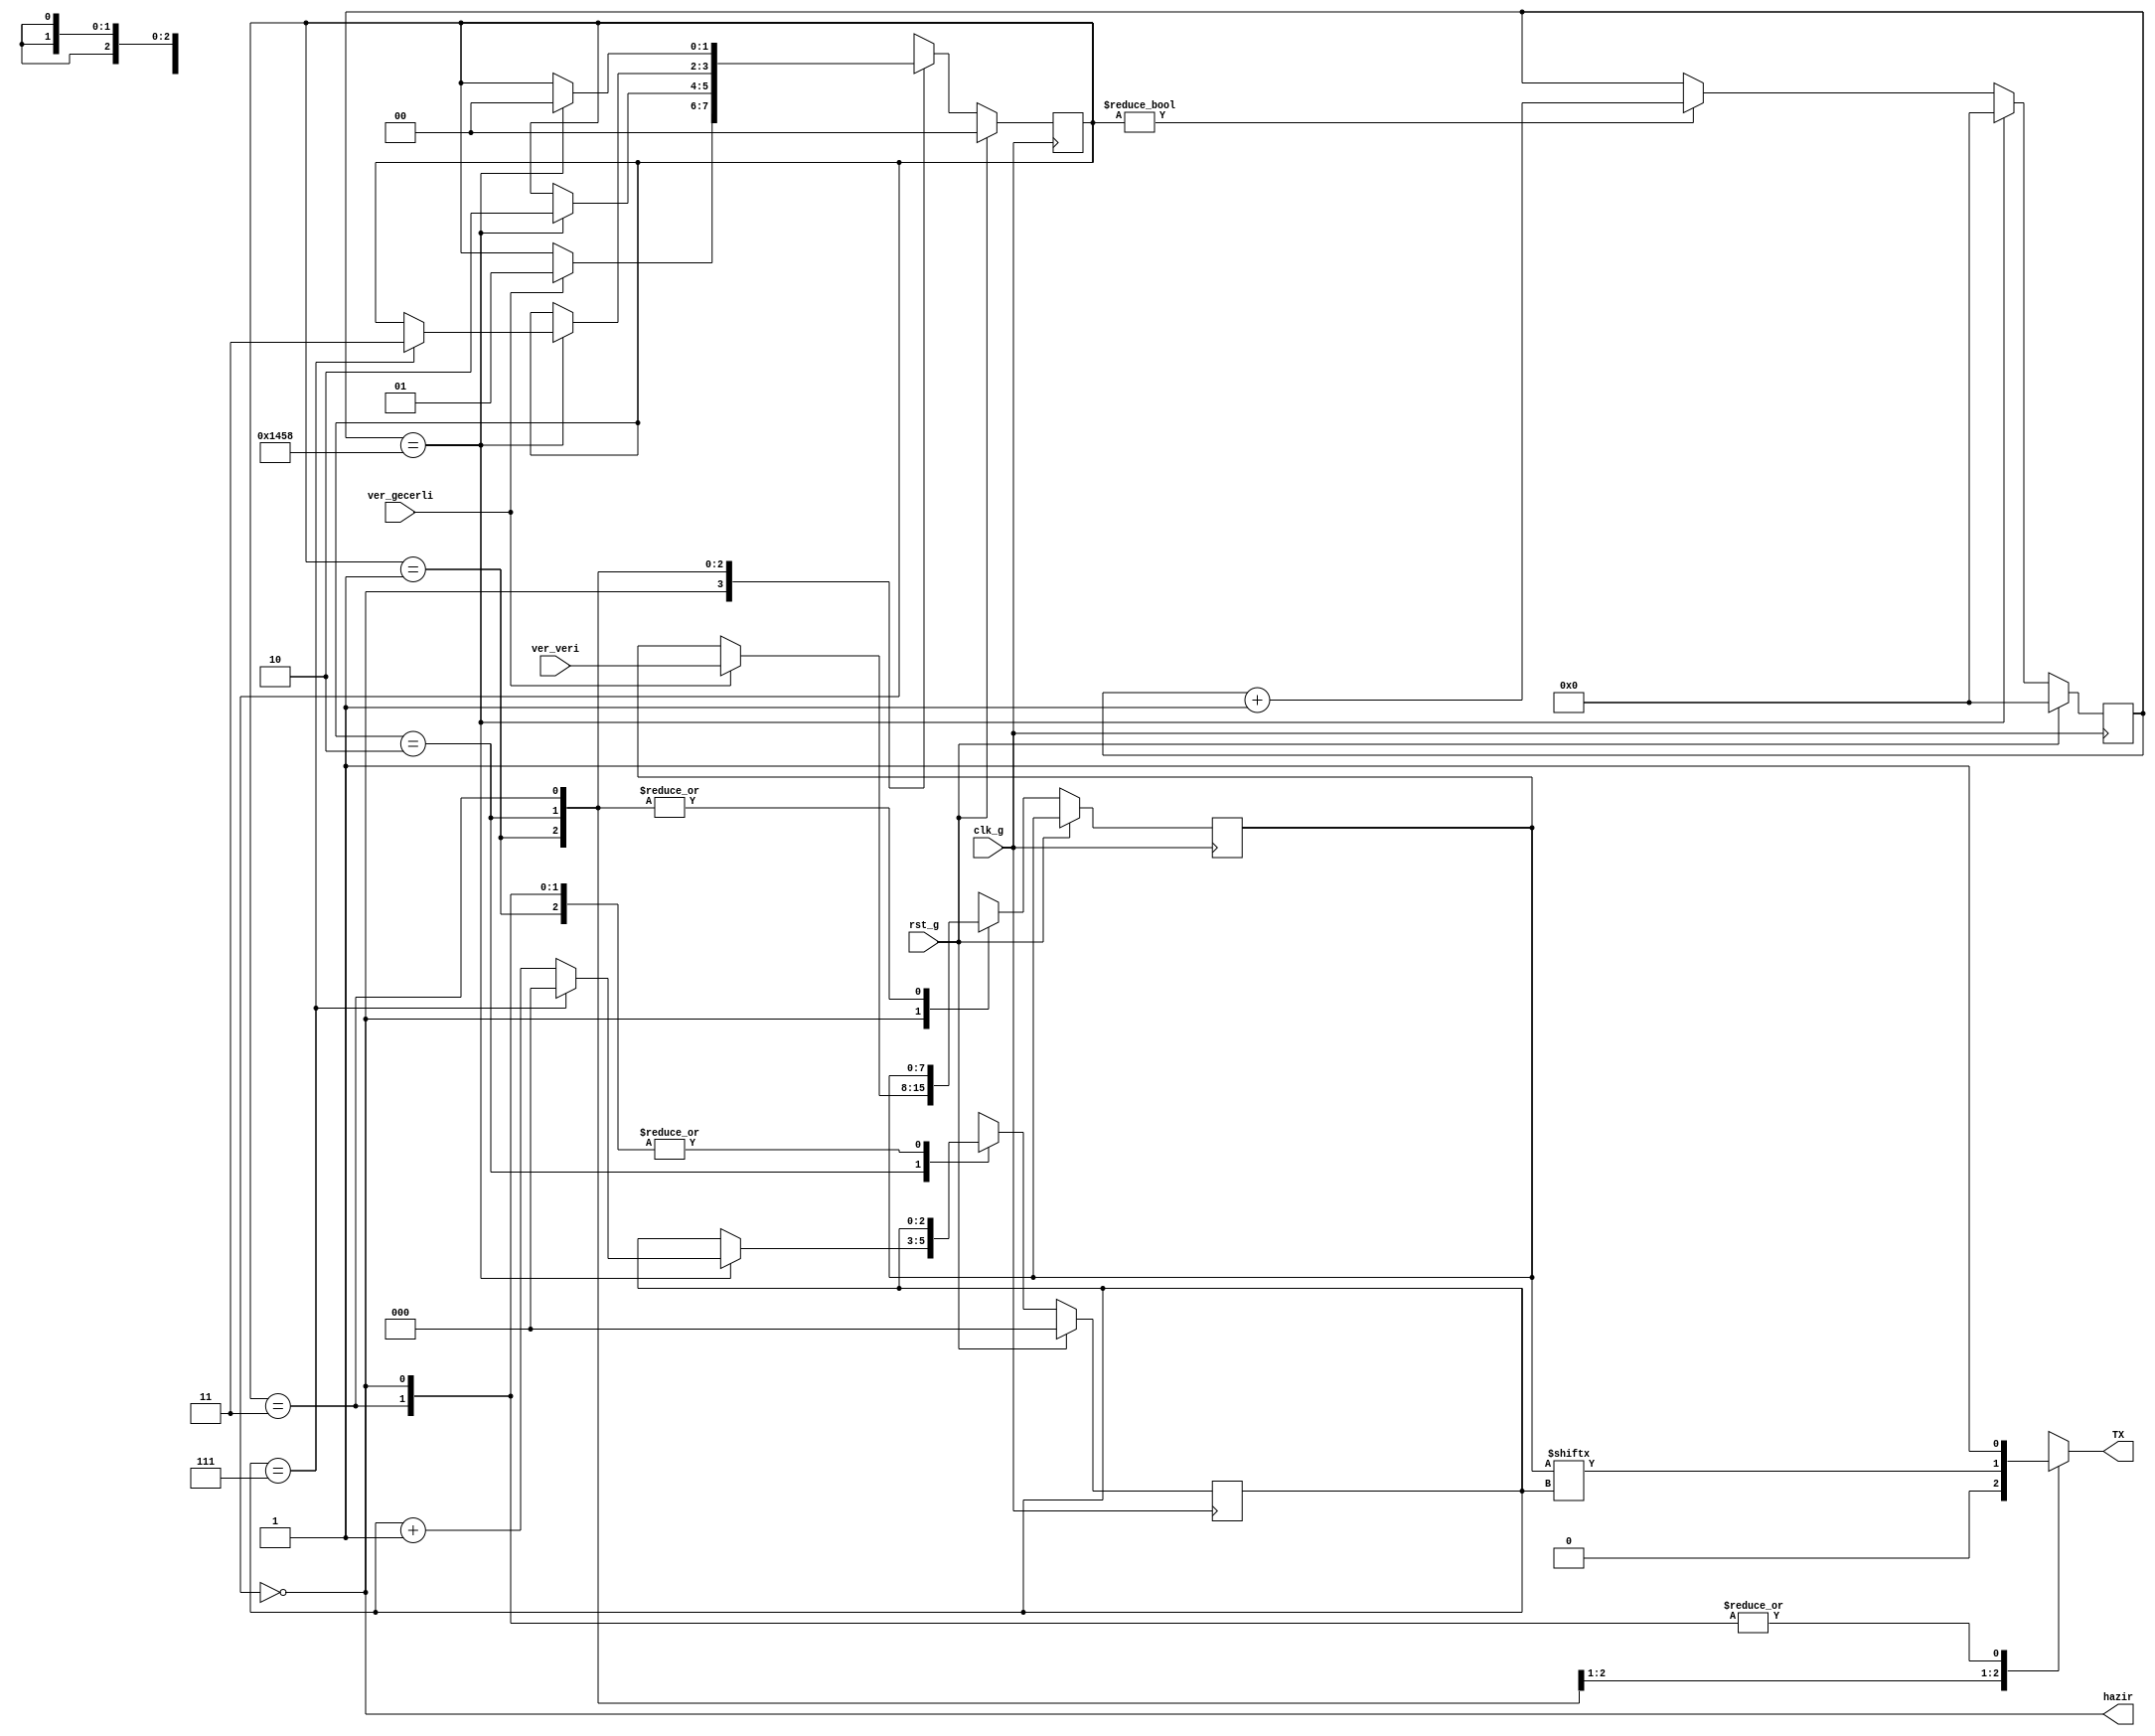
// SPDX-FileCopyrightText: 2020 Efabless Corporation
//
// Licensed under the Apache License, Version 2.0 (the "License");
// you may not use this file except in compliance with the License.
// You may obtain a copy of the License at
//
//      http://www.apache.org/licenses/LICENSE-2.0
//
// Unless required by applicable law or agreed to in writing, software
// distributed under the License is distributed on an "AS IS" BASIS,
// WITHOUT WARRANTIES OR CONDITIONS OF ANY KIND, either express or implied.
// See the License for the specific language governing permissions and
// limitations under the License.
// SPDX-License-Identifier: Apache-2.0
`timescale 1ns / 1ps

module UART_verici(
  input           clk_g           ,
  input           rst_g           ,
  
  input   [7:0]   ver_veri        ,
  input           ver_gecerli     ,
 
  output reg      TX              ,
  output          hazir 
  );
  
  localparam UART_SAAT = 5208;
  
  localparam BOSTA  = 0;
  localparam BASLA  = 1;
  localparam VER    = 2;
  localparam DUR    = 3;

  reg [7:0] veri_ns, veri_r;    
  reg [1:0] durum_ns, durum_r;
  reg [31:0] baud_sayac_ns, baud_sayac_r;
  reg [2:0] TX_ek_ns, TX_ek_r; 
  
  wire      saat_ac   = baud_sayac_r == UART_SAAT;
  
  assign    hazir     = durum_r == BOSTA;
  
  always @* begin
    durum_ns                    =                   durum_r;
    veri_ns                     =                   veri_r ;
    baud_sayac_ns               =                   baud_sayac_r;
    TX                          =                   1'b1;
    TX_ek_ns                    =                   TX_ek_r;
    case (durum_r)
      BOSTA: begin
        if (ver_gecerli) begin
          veri_ns               =                   ver_veri;
          durum_ns              =                   BASLA;
        end        
      end
      BASLA: begin
        TX                      =                   1'b0;
        if (saat_ac) begin
          durum_ns              =                   VER;
        end
      end
      VER: begin
        TX                      =                   veri_r[TX_ek_r];
        if (saat_ac) begin
          if (TX_ek_r == 3'b111) begin 
            TX_ek_ns            =                   3'b000;
            durum_ns            =                   DUR;
          end
          else begin
            TX_ek_ns            =                   TX_ek_r + 1;
          end
        end
      end
      DUR: begin
        TX                      =                   1'b1; //dur?
        if (saat_ac) begin
          durum_ns              =                   BOSTA;    
        end
      end 
    endcase
  
    if (durum_r != BOSTA) begin
      baud_sayac_ns             =                   baud_sayac_ns + 1;
    end
  
    if (saat_ac) begin
      baud_sayac_ns             =                   32'd0;        
    end          
  end
  
  always @(posedge clk_g) begin
    if (rst_g) begin
      durum_r                     <=                  BOSTA;
      baud_sayac_r                <=                  0;
      TX_ek_r                     <=                  0;    
    end
    else begin
      veri_r                      <=                  veri_ns;
      durum_r                     <=                  durum_ns;
      baud_sayac_r                <=                  baud_sayac_ns;
      TX_ek_r                     <=                  TX_ek_ns;
    end
  end   
    
endmodule